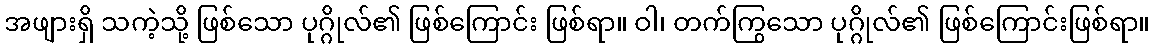
အဖျားရှိ သကဲ့သို့ ဖြစ်သော ပုဂ္ဂိုလ်၏ ဖြစ်ကြောင်း ဖြစ်ရာ။ ဝါ၊ တက်ကြွသော ပုဂ္ဂိုလ်၏ ဖြစ်ကြောင်းဖြစ်ရာ။